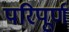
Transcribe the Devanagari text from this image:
परिपूर्ण